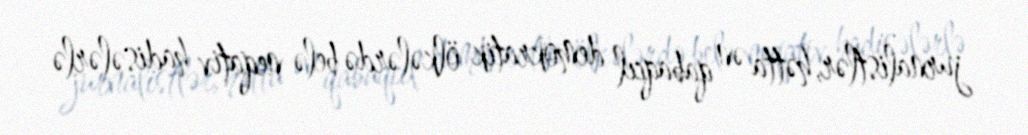
jurnalistlər, hətta ən qabaqcıl demokratik ölkələrdə belə neqativ hadisələrlə